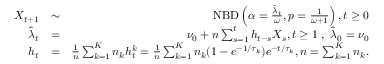
\begin{array} { r l r } { X _ { t + 1 } } & { \sim } & { \mathrm { N B D } \left( \alpha = \frac { \hat { \lambda } _ { t } } { \omega } , p = \frac { 1 } { \omega + 1 } \right) , t \ge 0 } \\ { \hat { \lambda } _ { t } } & { = } & { \nu _ { 0 } + n \sum _ { s = 1 } ^ { t } h _ { t - s } X _ { s } , t \ge 1 \, \, , \, \, \hat { \lambda } _ { 0 } = \nu _ { 0 } } \\ { h _ { t } } & { = } & { \frac { 1 } { n } \sum _ { k = 1 } ^ { K } n _ { k } h _ { t } ^ { k } = \frac { 1 } { n } \sum _ { k = 1 } ^ { K } n _ { k } ( 1 - e ^ { - 1 / \tau _ { k } } ) e ^ { - t / \tau _ { k } } , n = \sum _ { k = 1 } ^ { K } n _ { k } . } \end{array}